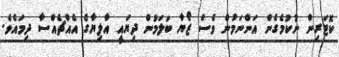
ކޮޓަރިން ނުކުމެގެން އަންނަމުން ވެސް ޒޯޔާ ބަލަމުން ދިޔައީ އާލިޔާގެ އެއްޗެއްސާ ދިމައެވެ.